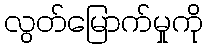
လွတ်မြောက်မှုကို